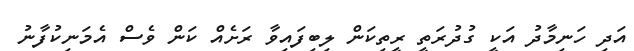
އަދި ހަނިމާދު އަކީ ގުދުރަތީ ރީތިކަން ލިބިފައިވާ ރަށެއް ކަން ވެސް އެމަނިކުފާނު